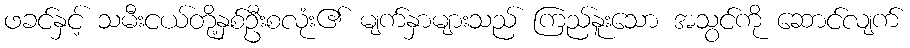
ဖခင်နှင့် သမီးငယ်တို့နှစ်ဦးစလုံး၏ မျက်နှာများသည် ကြည်နူးသော အသွင်ကို ဆောင်လျက်